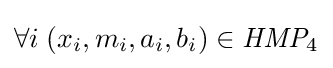
\forall i\;(x_{i},m_{i},a_{i},b_{i})\in {\textit {HMP}}_{4}